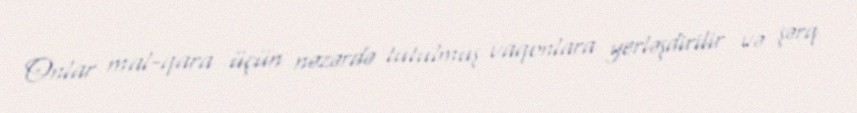
Onlar mal-qara üçün nəzərdə tutulmuş vaqonlara yerləşdirilir və şərq